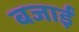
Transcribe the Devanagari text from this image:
बजाईं